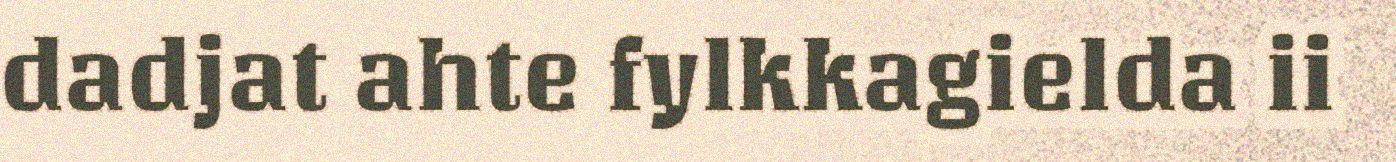
dadjat ahte fylkkagielda ii